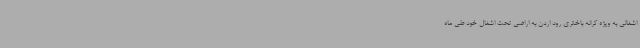
اشغالی به ویژه کرانه باختری رود اردن به اراضی تحت اشغال خود طی ماه